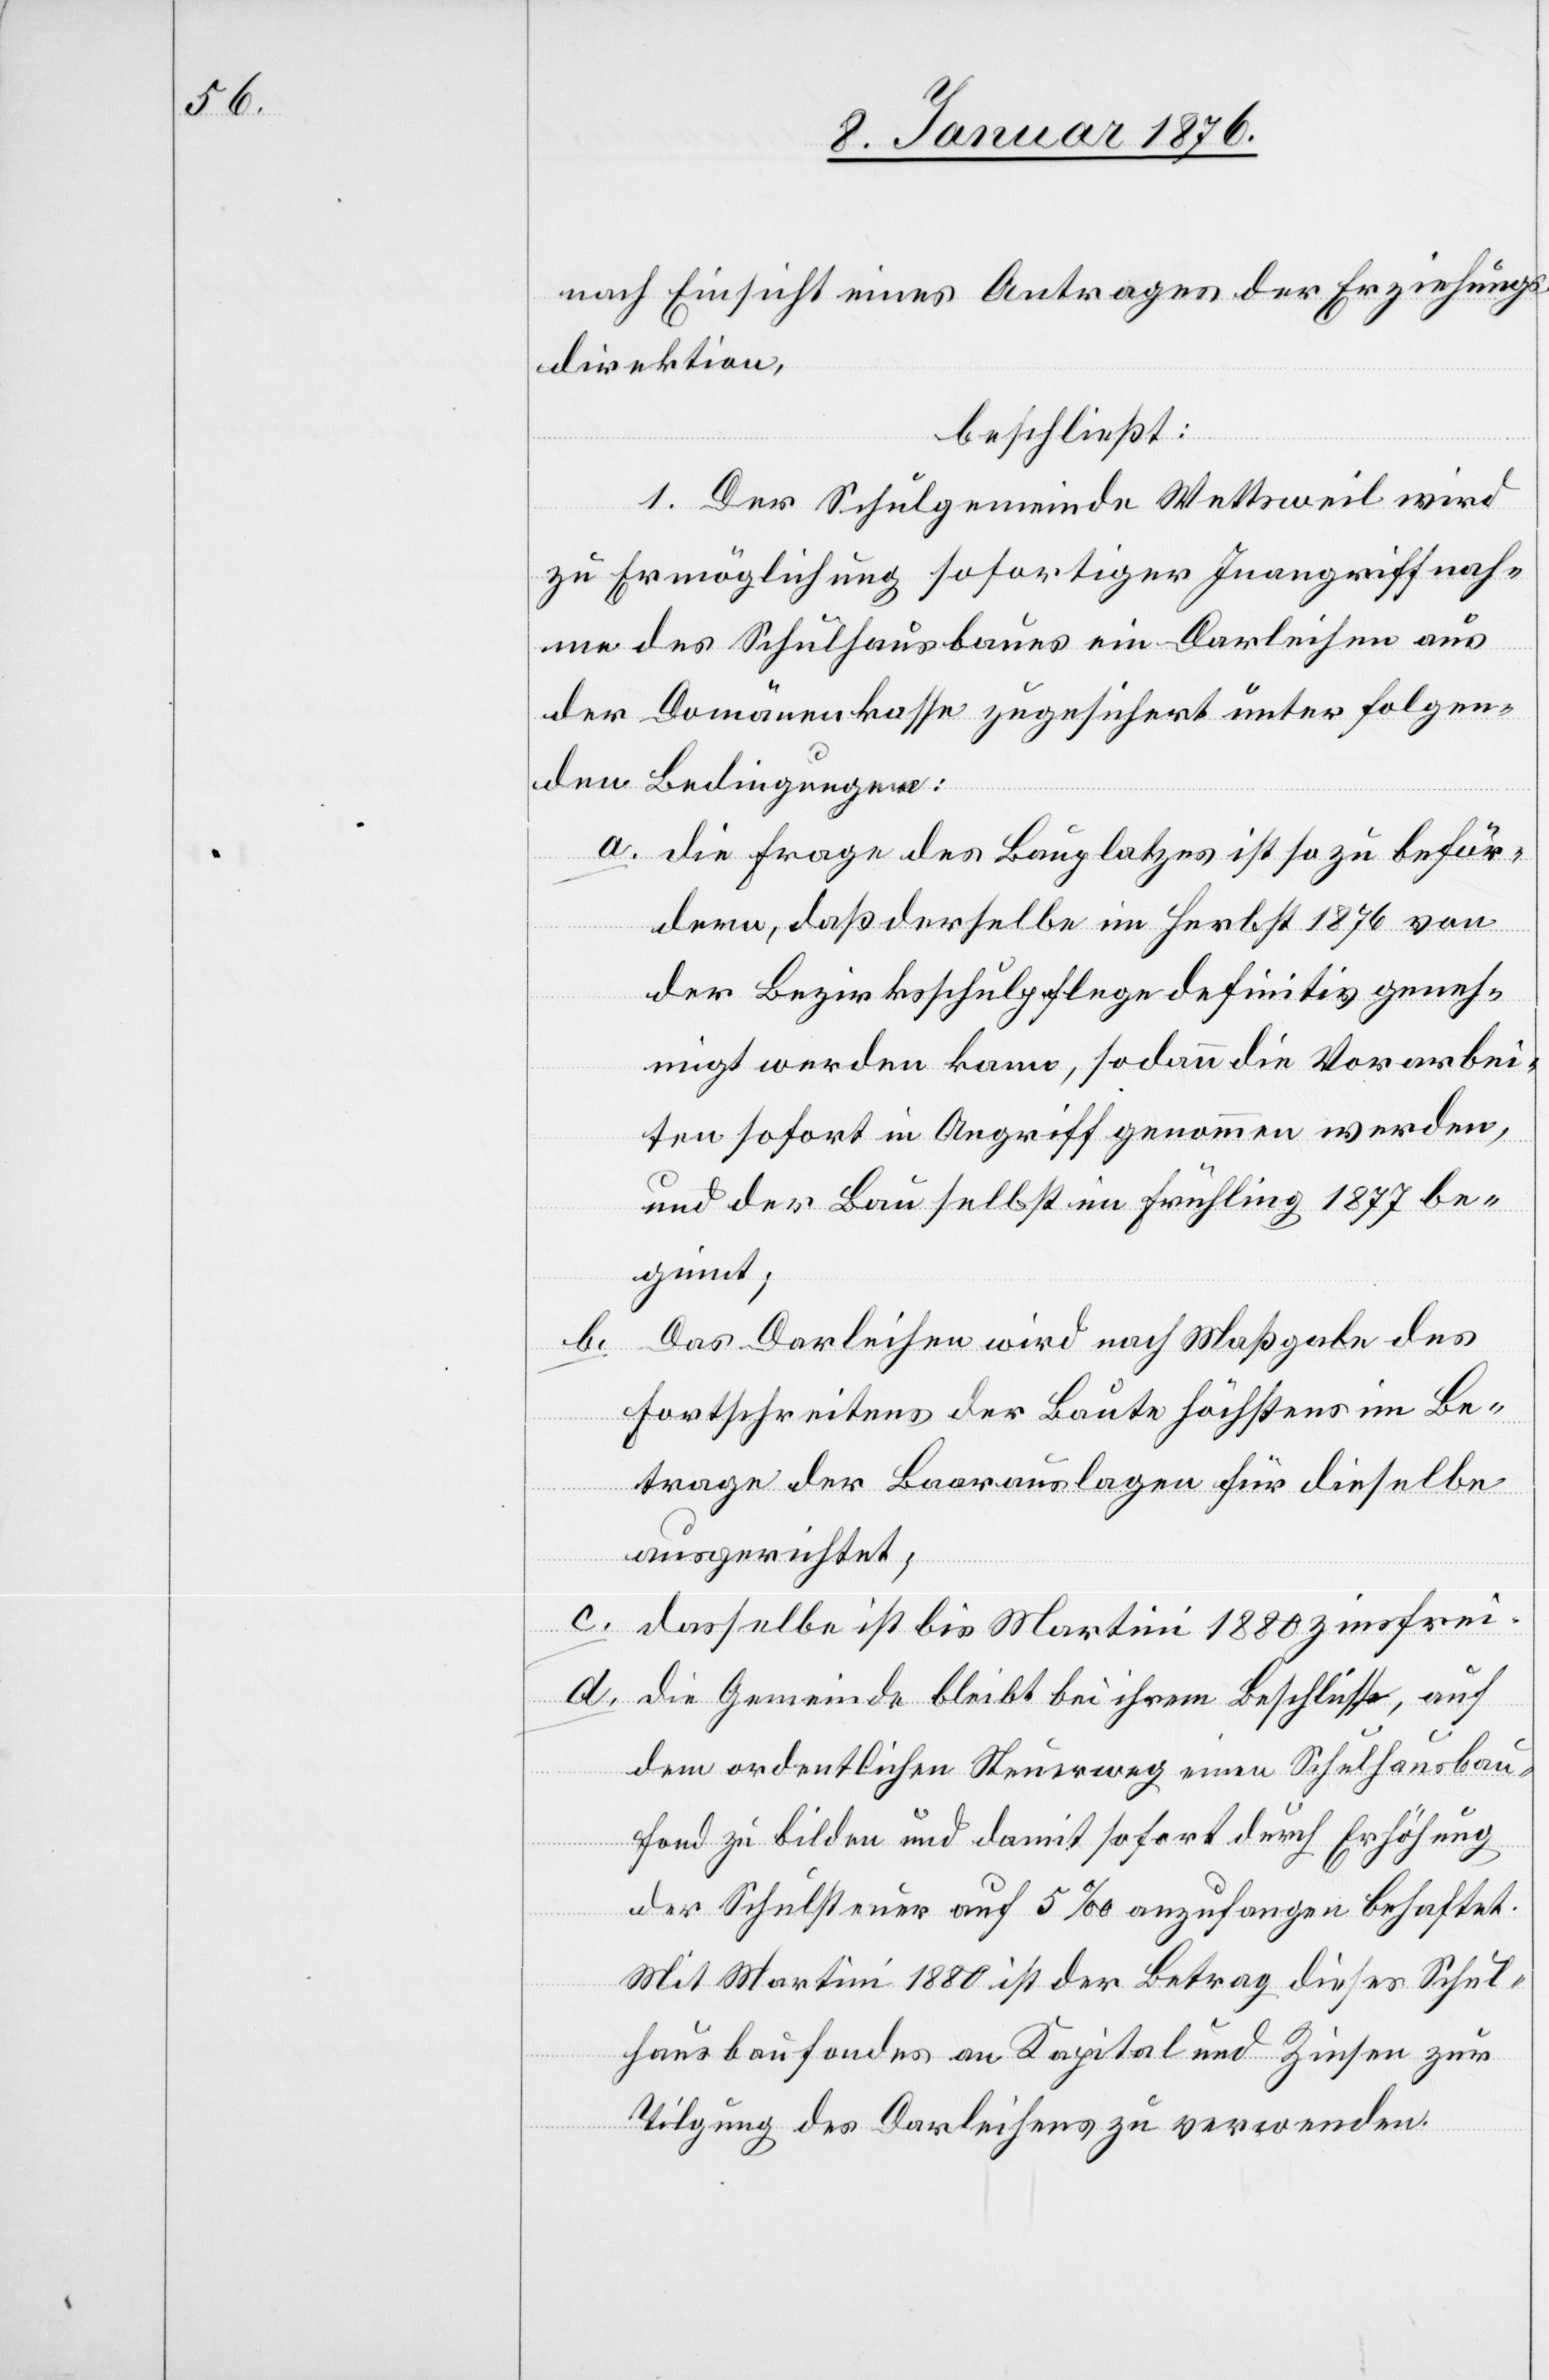
nach Einsicht eines Antrages der Erziehungs¬
direktion,
a.
beschließt:
1. Der Schulgemeinde Wettsweil wird
zu Ermöglichung sofortiger Inangriffnah¬
me des Schulhausbaues ein Darleihen aus
der Domänenkasse zugesichert unter folgen¬
den Bedingungen:
die Frage des Bauplatzes ist so zu beför¬
dern, daß derselbe im Herbst 1876 von
der Bezirksschulpflege definitiv geneh¬
migt werden kann, sodann die Vorarbei¬
ten sofort in Angriff genommen werden,
und der Bau selbst im Frühling 1877 be¬
ginnt;
Das Darleihen wird nach Maßgabe des
b.
Fortschreitens der Baute höchstens im Be¬
trage der Baarauslagen für dieselbe
ausgerichtet;
dasselbe ist bis Martini 1880 zinsfrei.
die Gemeinde bleibt bei ihrem Beschlusse, auf
dem ordentlichen Steuerweg einen Schulhausbau¬
fond zu bilden und damit sofort durch Erhöhung
der Schulsteuer auf 5 ‰ anzufangen behaftet.
Mit Martini 1880 ist der Betrag dieses Schul¬
hausbaufondes an Kapital und Zinsen zur
Tilgung des Darleihens zu verwenden.